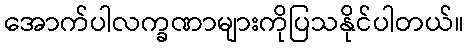
အောက်ပါလက္ခဏာများကိုပြသနိုင်ပါတယ်။